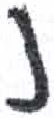
אות: נ